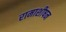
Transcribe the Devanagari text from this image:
रामाशीषन